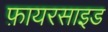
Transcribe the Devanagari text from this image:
फ़ायरसाइड